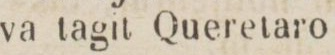
va tagit Queretaro